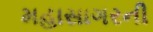
મહાસાગરની